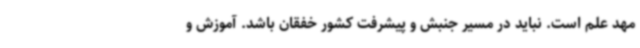
مهد علم است. نباید در مسیر جنبش و پیشرفت کشور خفقان باشد. آموزش و